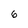
Character: 6